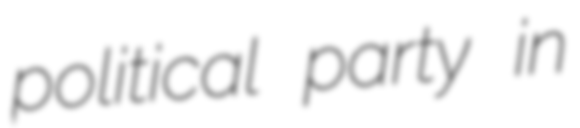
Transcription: political party in